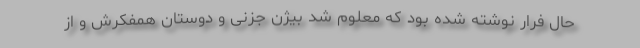
حال فرار نوشته شده بود كه معلوم شد بیژن جزنی و دوستان همفكرش و از